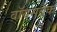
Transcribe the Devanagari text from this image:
वॉयसबैंक